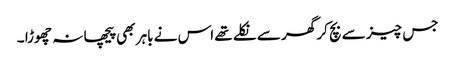
جس چیز سے بچ کر گھر سے نکلے تھے اس نے باہر بھی پیچھا نہ چھوڑا ۔